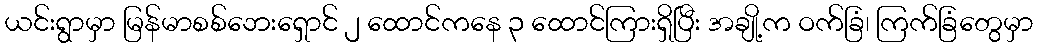
ယင်းရွာမှာ မြန်မာစစ်ဘေးရှောင် ၂ ထောင်ကနေ ၃ ထောင်ကြားရှိပြီး အချို့က ဝက်ခြံ၊ ကြက်ခြံတွေမှာ